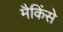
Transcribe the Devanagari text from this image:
मैकिंसे